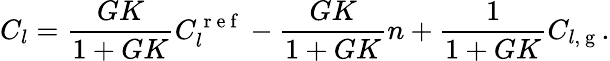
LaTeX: C_{l}=\frac{GK}{1+GK}C_{l}^{\mathrm{~r~e~f~}}-\frac{GK}{1+GK}n+\frac{1}{1+GK}C_{l,\mathrm{~g~}}.